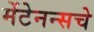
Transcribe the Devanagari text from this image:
मेंटेनन्सचे